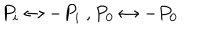
P _ { i } \leftrightarrow - P _ { i } \ , P _ { 0 } \leftrightarrow - P _ { 0 }